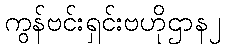
ကွန်ဗင်းရှင်းဗဟိုဌာန၂